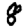
Digit: 8